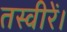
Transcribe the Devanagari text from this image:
तस्वीरें।